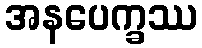
အနပေက္ခဿ